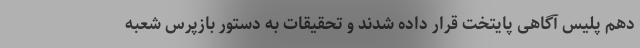
دهم پلیس آگاهی پایتخت قرار داده شدند و تحقیقات به دستور بازپرس شعبه